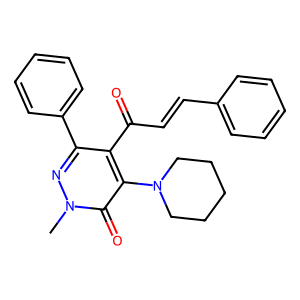
SMILES: Cn1nc(-c2ccccc2)c(C(=O)C=Cc2ccccc2)c(N2CCCCC2)c1=O
Inhibits HIV replication: No